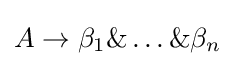
A\rightarrow \beta _{1}\&\ldots \&\beta _{n}